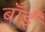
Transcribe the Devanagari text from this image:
बाँईं